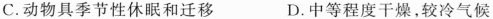
C.动物具季节性休眠和迁移 D.中等程度干燥，较冷气候